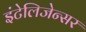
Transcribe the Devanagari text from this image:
इंटेलिजेन्सर